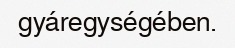
gyáregységében.